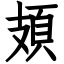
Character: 頍